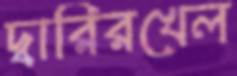
দ্বারিরখেল